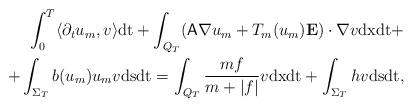
LaTeX: \begin{align*}\int_0^T\langle\partial_t u_m,v\rangle\mathrm{dt} +\int_{Q_T}( \mathsf{A}\nabla u_m+T_m(u_m){\bf E}) \cdot \nabla v\mathrm{dx}\mathrm{dt}+ \\+\int_{\Sigma_T} b(u_m)u_mv\mathrm{ds}\mathrm{dt}=\int_{Q_T} {mf\over m+|f|} v\mathrm{dx}\mathrm{dt}+\int_{\Sigma_T} h v\mathrm{ds}\mathrm{dt},\end{align*}